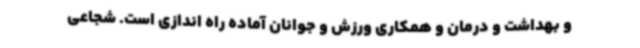
و بهداشت و درمان و همکاری ورزش و جوانان آماده راه اندازی است. شجاعی